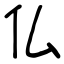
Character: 仏